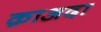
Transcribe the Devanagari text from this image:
क़ाअदा